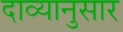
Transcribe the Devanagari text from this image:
दाव्यानुसार